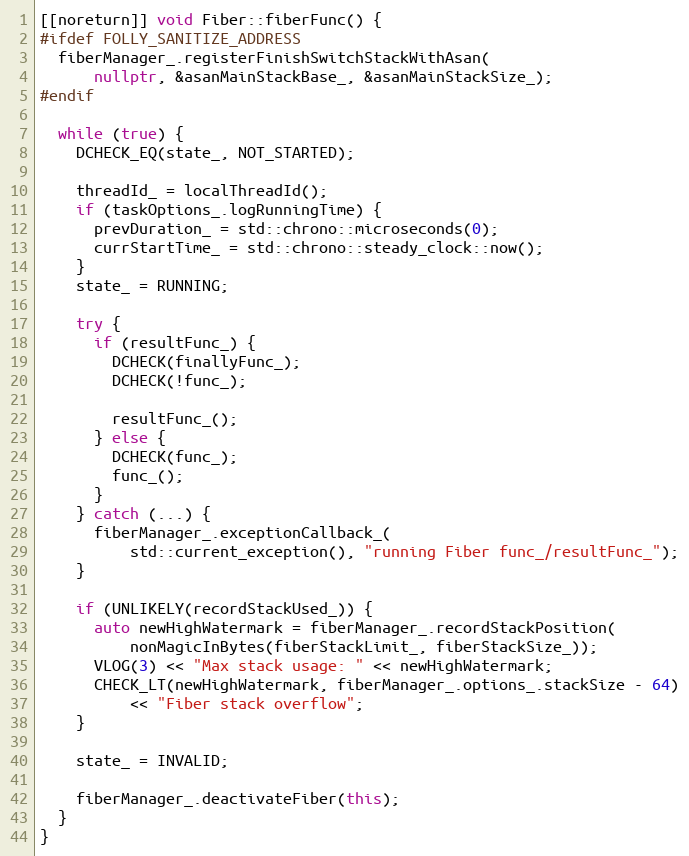
Language: C++
[[noreturn]] void Fiber::fiberFunc() {
#ifdef FOLLY_SANITIZE_ADDRESS
  fiberManager_.registerFinishSwitchStackWithAsan(
      nullptr, &asanMainStackBase_, &asanMainStackSize_);
#endif

  while (true) {
    DCHECK_EQ(state_, NOT_STARTED);

    threadId_ = localThreadId();
    if (taskOptions_.logRunningTime) {
      prevDuration_ = std::chrono::microseconds(0);
      currStartTime_ = std::chrono::steady_clock::now();
    }
    state_ = RUNNING;

    try {
      if (resultFunc_) {
        DCHECK(finallyFunc_);
        DCHECK(!func_);

        resultFunc_();
      } else {
        DCHECK(func_);
        func_();
      }
    } catch (...) {
      fiberManager_.exceptionCallback_(
          std::current_exception(), "running Fiber func_/resultFunc_");
    }

    if (UNLIKELY(recordStackUsed_)) {
      auto newHighWatermark = fiberManager_.recordStackPosition(
          nonMagicInBytes(fiberStackLimit_, fiberStackSize_));
      VLOG(3) << "Max stack usage: " << newHighWatermark;
      CHECK_LT(newHighWatermark, fiberManager_.options_.stackSize - 64)
          << "Fiber stack overflow";
    }

    state_ = INVALID;

    fiberManager_.deactivateFiber(this);
  }
}